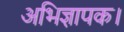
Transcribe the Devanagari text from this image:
अभिज्ञापक।